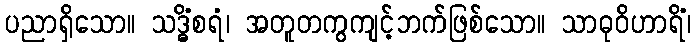
ပညာရှိသော။ သဒ္ဓိံစရံ၊ အတူတကွကျင့်ဘက်ဖြစ်သော။ သာဓုဝိဟာရိံ၊